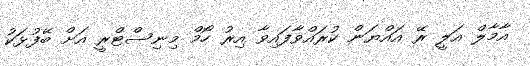
އާމާލް އަލީ ރޭ އައްޔަން ކުރައްވާފައިވާ އިރު ހޯމް މިނިސްޓްރީ އަށް ބޭފުޅަކު